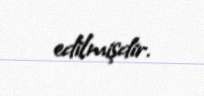
edilmişdir.